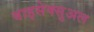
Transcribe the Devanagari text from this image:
बाइसेक्सुअल